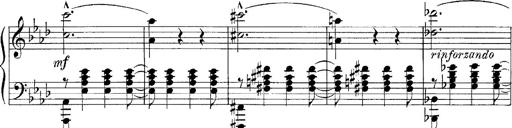
Title: FÃ¼nf KlavierstÃ¼cke
Composer: Franz Liszt